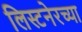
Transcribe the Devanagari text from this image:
लिस्टनेरच्या